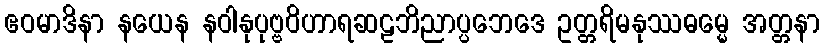
ဧဝမာဒိနာ နယေန နဝါနုပုဗ္ဗဝိဟာရဆဠဘိညာပ္ပဘေဒေ ဥတ္တရိမနုဿဓမ္မေ အတ္တနာ